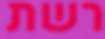
רשת